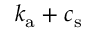
k _ { \mathrm { a } } + c _ { \mathrm { s } }